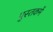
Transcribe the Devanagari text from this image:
पुस्‍तकमें